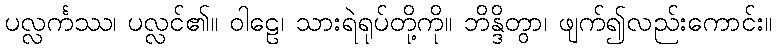
ပလ္လင်္ကဿ၊ ပလ္လင်၏။ ဝါဠေ၊ သားရဲရုပ်တို့ကို။ ဘိန္ဒိတွာ၊ ဖျက်၍လည်းကောင်း။